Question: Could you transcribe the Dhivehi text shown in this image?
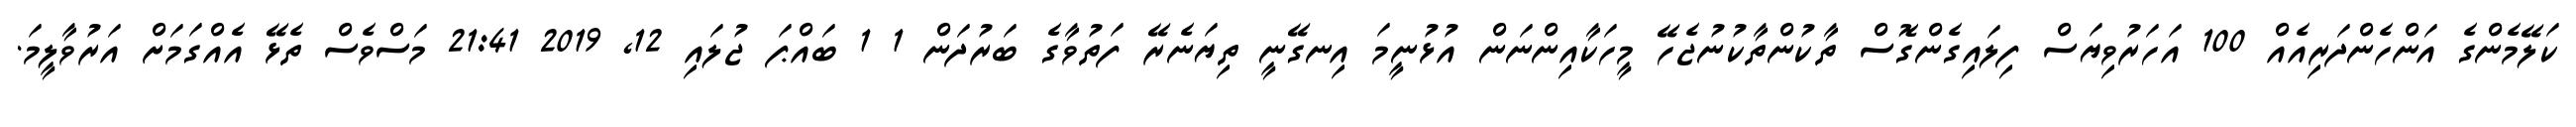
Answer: ކަލޭމެންގެ އަންހެންދަރިއެއް 100 އަހަރުވިޔަސް ފިލައިގެންގޮސް ތާކުންތާކުނުޖެހޭ މީހަކާއިންނަން އުޅުނީމަ އިނގޭނީ ތިޔަނެރޭ ފަތުވާގެ ބަރުދަން 1 1 ބައްޕަ ޖުލައި 12, 2019 21:41 މަސްވެސް ތެޅޭ އެއްގަމަށް އަރުވާލީމަ.